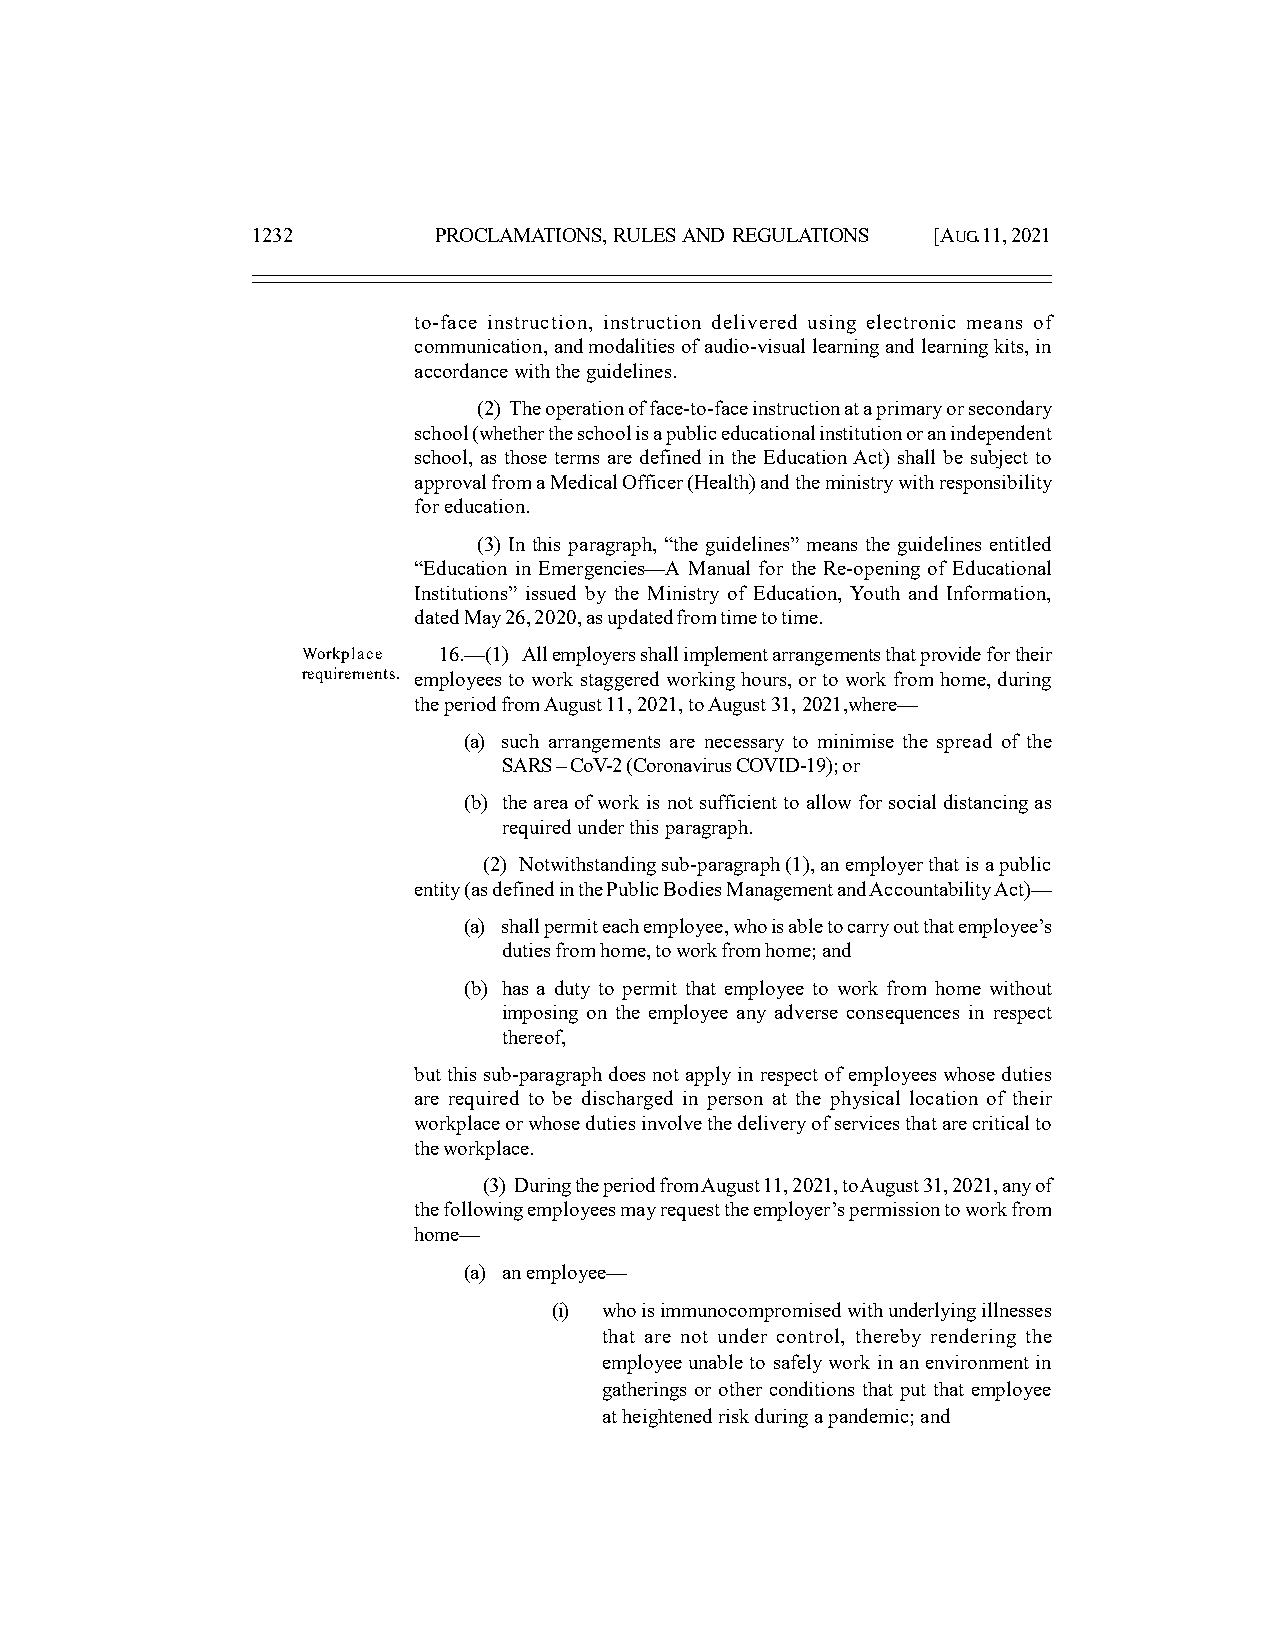
1232        PROCLAMATIONS, RULES AND REGULATIONS [AUG. 11, 2021
 to-face instruction, instruction delivered using electronic means of
 communication, and modalities of audio-visual learning and learning kits, in
 accordance with the guidelines.
 (2) The operation of face-to-face instruction at a primary or secondary
 school (whether the school is a public educational institution or an independent
 school, as those terms are defined in the Education Act) shall be subject to
 approval from a Medical Officer (Health) and the ministry with responsibility
 for education.
 (3) In this paragraph, “the guidelines” means the guidelines entitled
 “Education in Emergencies—A Manual for the Re-opening of Educational
 Institutions” issued by the Ministry of Education, Youth and Information,
 dated May 26, 2020, as updated from time to time.
 Workplace 16.—(1) All employers shall implement arrangements that provide for their
 requirements. employees to work staggered working hours, or to work from home, during
 the period from August 11, 2021, to August 31, 2021,where—
 (a) such arrangements are necessary to minimise the spread of the
 SARS – CoV-2 (Coronavirus COVID-19); or
 (b) the area of work is not sufficient to allow for social distancing as
 required under this paragraph.
 (2) Notwithstanding sub-paragraph (1), an employer that is a public
 entity (as defined in the Public Bodies Management and Accountability Act)—
 (a) shall permit each employee, who is able to carry out that employee’s
 duties from home, to work from home; and
 (b) has a duty to permit that employee to work from home without
 imposing on the employee any adverse consequences in respect
 thereof,
 but this sub-paragraph does not apply in respect of employees whose duties
 are required to be discharged in person at the physical location of their
 workplace or whose duties involve the delivery of services that are critical to
 the workplace.
 (3) During the period from August 11, 2021, to August 31, 2021, any of
 the following employees may request the employer’s permission to work from
 home—
 (a) an employee—
 (i) who is immunocompromised with underlying illnesses
 that are not under control, thereby rendering the
 employee unable to safely work in an environment in
 gatherings or other conditions that put that employee
 at heightened risk during a pandemic; and